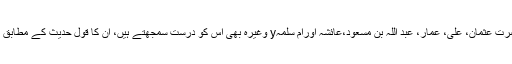
حضرت عثمان، علی، عمّار، عبد اللہ بن مسعود،عائشہ اورام سلمہy وغیرہ بھی اس کو درست سمجھتے ہیں، ان کا قول حدیث کے مطابق ہے۔